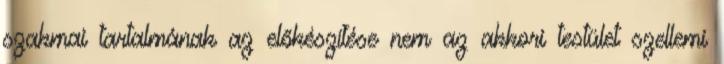
szakmai tartalmának az előkészítése nem az akkori testület szellemi